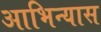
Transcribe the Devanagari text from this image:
आभिन्यास